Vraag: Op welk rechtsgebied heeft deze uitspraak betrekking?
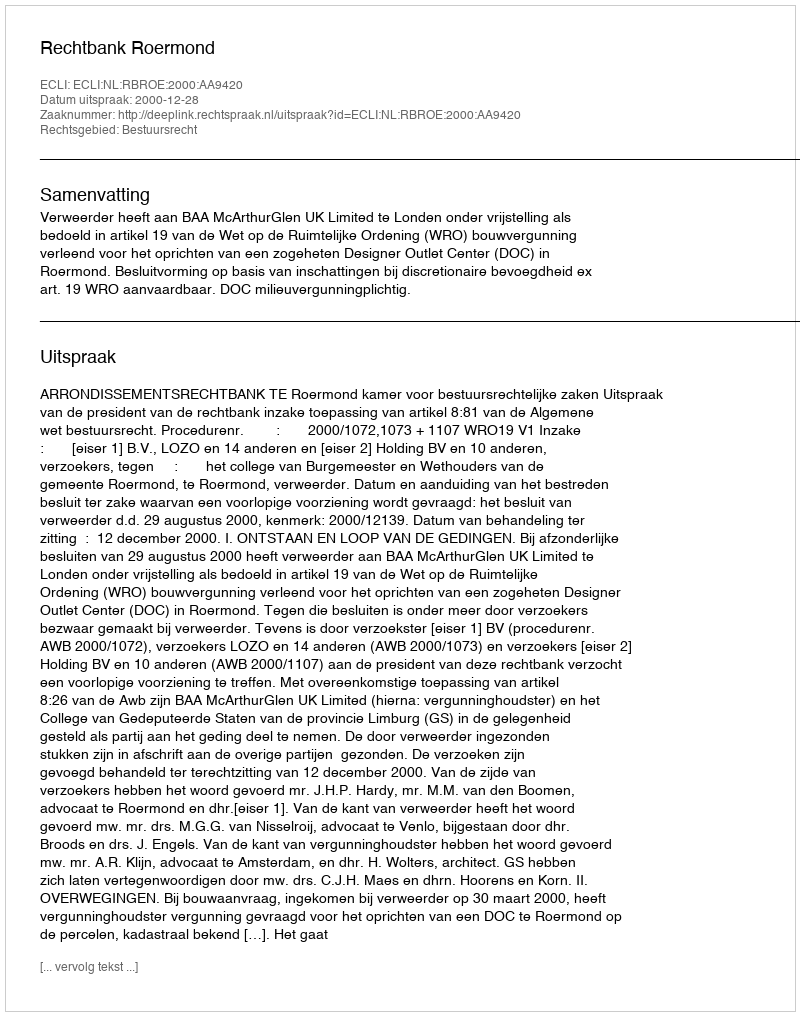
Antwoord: Bestuursrecht